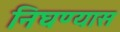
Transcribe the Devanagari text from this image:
निघण्यास